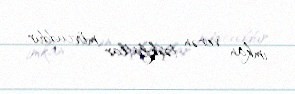
imkan verən təşkilatlar mövcuddur.